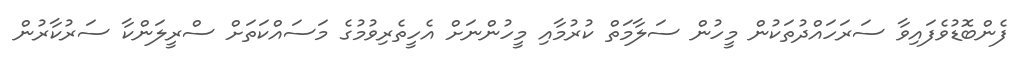
ފެންބޮޑުވެފައިވާ ސަރަހައްދުތަކުން މީހުން ސަލާމަތް ކުރުމާއި މީހުންނަށް އެހީތެރިވުމުގެ މަސައްކަތަށް ސްރީލަންކާ ސަރުކާރުން